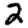
Digit: 2